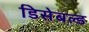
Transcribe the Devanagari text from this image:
डिसेबल्ड